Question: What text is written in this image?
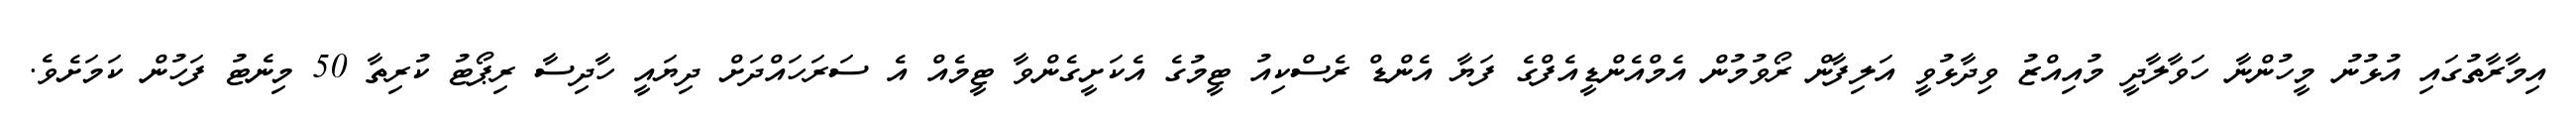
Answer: އިމާރާތުގައި އުޅުނު މީހުންނާ ހަވާލާދީ މުއިއްޒު ވިދާޅުވީ އަލިފާން ރޯވުމުން އެމްއެންޑީއެފްގެ ފަޔާ އެންޑް ރެސްކިއު ޓީމުގެ އެކަށީގެންވާ ޓީމެއް އެ ސަރަހައްދަށް ދިޔައީ ހާދިސާ ރިޕޯޓު ކުރިތާ 50 މިނެޓު ފަހުން ކަމަށެވެ.